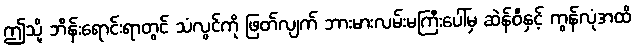
ဤသို့ ဘိန်းရောင်းရာတွင် သံလွင်ကို ဖြတ်လျက် ဘားမားလမ်းမကြီးပေါ်မှ ဆဲန်ဝီနှင့် ကွန်လုံအထိ